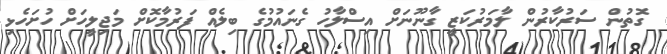
ގޮތުން ސަރުކާރުން ލާމަރުކަޒީ ގާނޫނަށް އިސްލާހު ގެނައުމުގެ ބިލެއް ފަރުމާކޮށް މަޖިލީހަށް ހުށަހެޅި